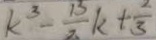
k ^ { 3 } - \frac { 1 3 } { 2 } k + \frac { 2 } { 3 }